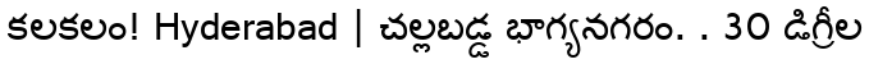
కలకలం! Hyderabad | చల్లబడ్డ భాగ్యనగరం. . 30 డిగ్రీల